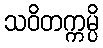
သဝိတက္ကမ္ပိ